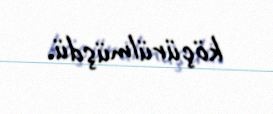
köçürülmüşdü.